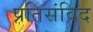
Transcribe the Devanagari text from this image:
प्रतिसंविद